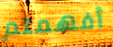
أفهمتم